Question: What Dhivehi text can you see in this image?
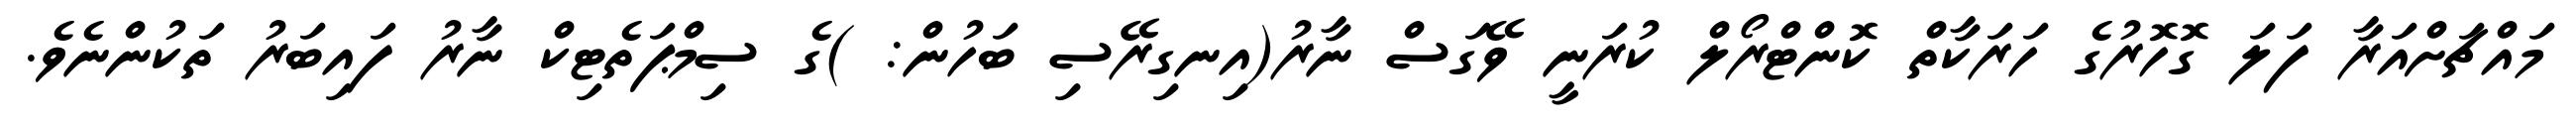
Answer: މައްޗަށްއަރާ ފަލަ ގޮހޮރުގެ ހަރަކާތް ކޮންޓްރޯލް ކުރަނީ ވޭގަސް ނާރު(އިނގިރޭސި ބަހުން: )ގެ ސިމްޕަތެޓިކް ނާރު ފައިބަރު ތަކުންނެވެ.